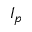
I _ { p }